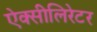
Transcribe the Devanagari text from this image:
ऐक्सीलिरेटर